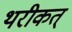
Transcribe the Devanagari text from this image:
थरीकत्